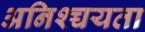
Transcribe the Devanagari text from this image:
अनिश्च्चयता